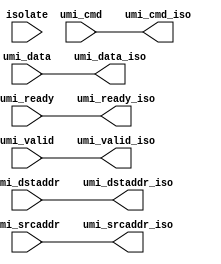
module umi_isolate
  #(parameter CW = 32, // umi command width
    parameter AW = 64, // umi address width
    parameter DW = 64, // umi data width
    parameter ISO = 0  // 1 = enable input isolation
    )
   (
    input           isolate,  // 1=clamp inputs to 0
    // floating signals
    input           umi_ready,
    input           umi_valid,
    input [CW-1:0]  umi_cmd,
    input [AW-1:0]  umi_dstaddr,
    input [AW-1:0]  umi_srcaddr,
    input [DW-1:0]  umi_data,
    // clamped signals
    output          umi_ready_iso,
    output          umi_valid_iso,
    output [CW-1:0] umi_cmd_iso,
    output [AW-1:0] umi_dstaddr_iso,
    output [AW-1:0] umi_srcaddr_iso,
    output [DW-1:0] umi_data_iso
    );

   generate
      if(ISO)
        begin : g0
           la_visolo #(.N(1))
           i_ready (.in(umi_ready),
                    .out(umi_ready_iso),
                    .iso(isolate));

           la_visolo #(.N(1))
           i_valid (.in(umi_valid),
                    .out(umi_valid_iso),
                    .iso(isolate));

           la_visolo #(.N(CW))
           i_cmd (.in(umi_cmd[CW-1:0]),
                  .out(umi_cmd_iso[CW-1:0]),
                  .iso(isolate));

           la_visolo #(.N(AW))
           i_dstaddr (.in(umi_dstaddr[AW-1:0]),
                      .out(umi_dstaddr_iso[AW-1:0]),
                      .iso(isolate));

           la_visolo #(.N(AW))
           i_srcaddr (.in(umi_srcaddr[AW-1:0]),
                      .out(umi_srcaddr_iso[AW-1:0]),
                      .iso(isolate));

           la_visolo #(.N(DW))
           i_data (.in(umi_srcaddr[DW-1:0]),
                   .out(umi_srcaddr_iso[DW-1:0]),
                   .iso(isolate));
        end
      else
        begin : g0
           assign umi_ready_iso           = umi_ready;
           assign umi_valid_iso           = umi_valid;
           assign umi_cmd_iso[CW-1:0]     = umi_cmd[CW-1:0];
           assign umi_dstaddr_iso[AW-1:0] = umi_dstaddr[AW-1:0];
           assign umi_srcaddr_iso[AW-1:0] = umi_srcaddr[AW-1:0];
           assign umi_data_iso[DW-1:0]    = umi_data[DW-1:0];
        end

   endgenerate

endmodule